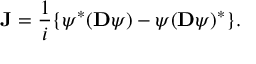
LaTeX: { \bf J } = \frac { 1 } { i } \{ \psi ^ { * } ( { \bf D } \psi ) - \psi ( { \bf D } \psi ) ^ { * } \} .